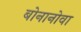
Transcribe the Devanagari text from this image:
बोनानोवा